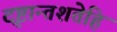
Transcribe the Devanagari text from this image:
दृष्टान्तशतेहि